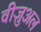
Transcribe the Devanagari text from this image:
वीज़ुअल